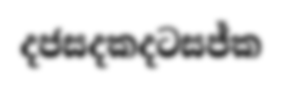
දජසදකදටසජ්ක